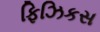
ફિઝિકસ